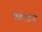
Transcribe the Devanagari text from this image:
ऐक्राइड